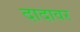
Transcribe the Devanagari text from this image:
दादावर